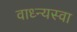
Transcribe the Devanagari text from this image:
वाध्न्यस्वा